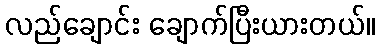
လည်ချောင်း ချောက်ပြီးယားတယ်။